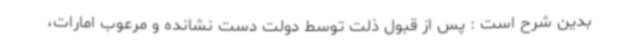
بدین شرح است : پس از قبول ذلت توسط دولت دست نشانده و مرعوب امارات،